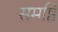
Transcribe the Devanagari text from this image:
समष्ठि